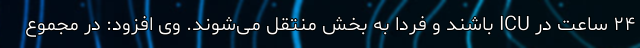
۲۴ ساعت در ICU باشند و فردا به بخش منتقل می‌شوند. وی افزود: در مجموع